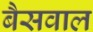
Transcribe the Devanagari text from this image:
बैसवाल